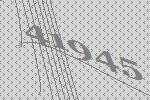
41945